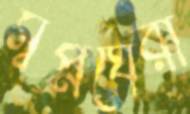
স্বপ্নঘেরা